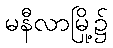
မနီလာမြို့၌